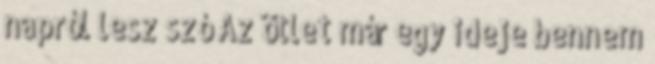
napról lesz szó Az ötlet már egy ideje bennem